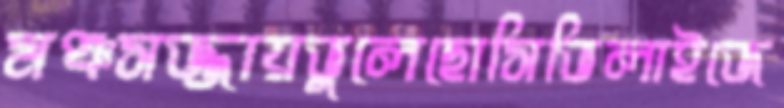
মঞ্চসজ্জায়ভুলেছোসিভিলাইজে